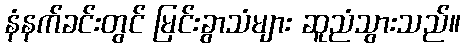
နံနက်ခင်းတွင် မြင်းခွာသံများ ဆူညံသွားသည်။